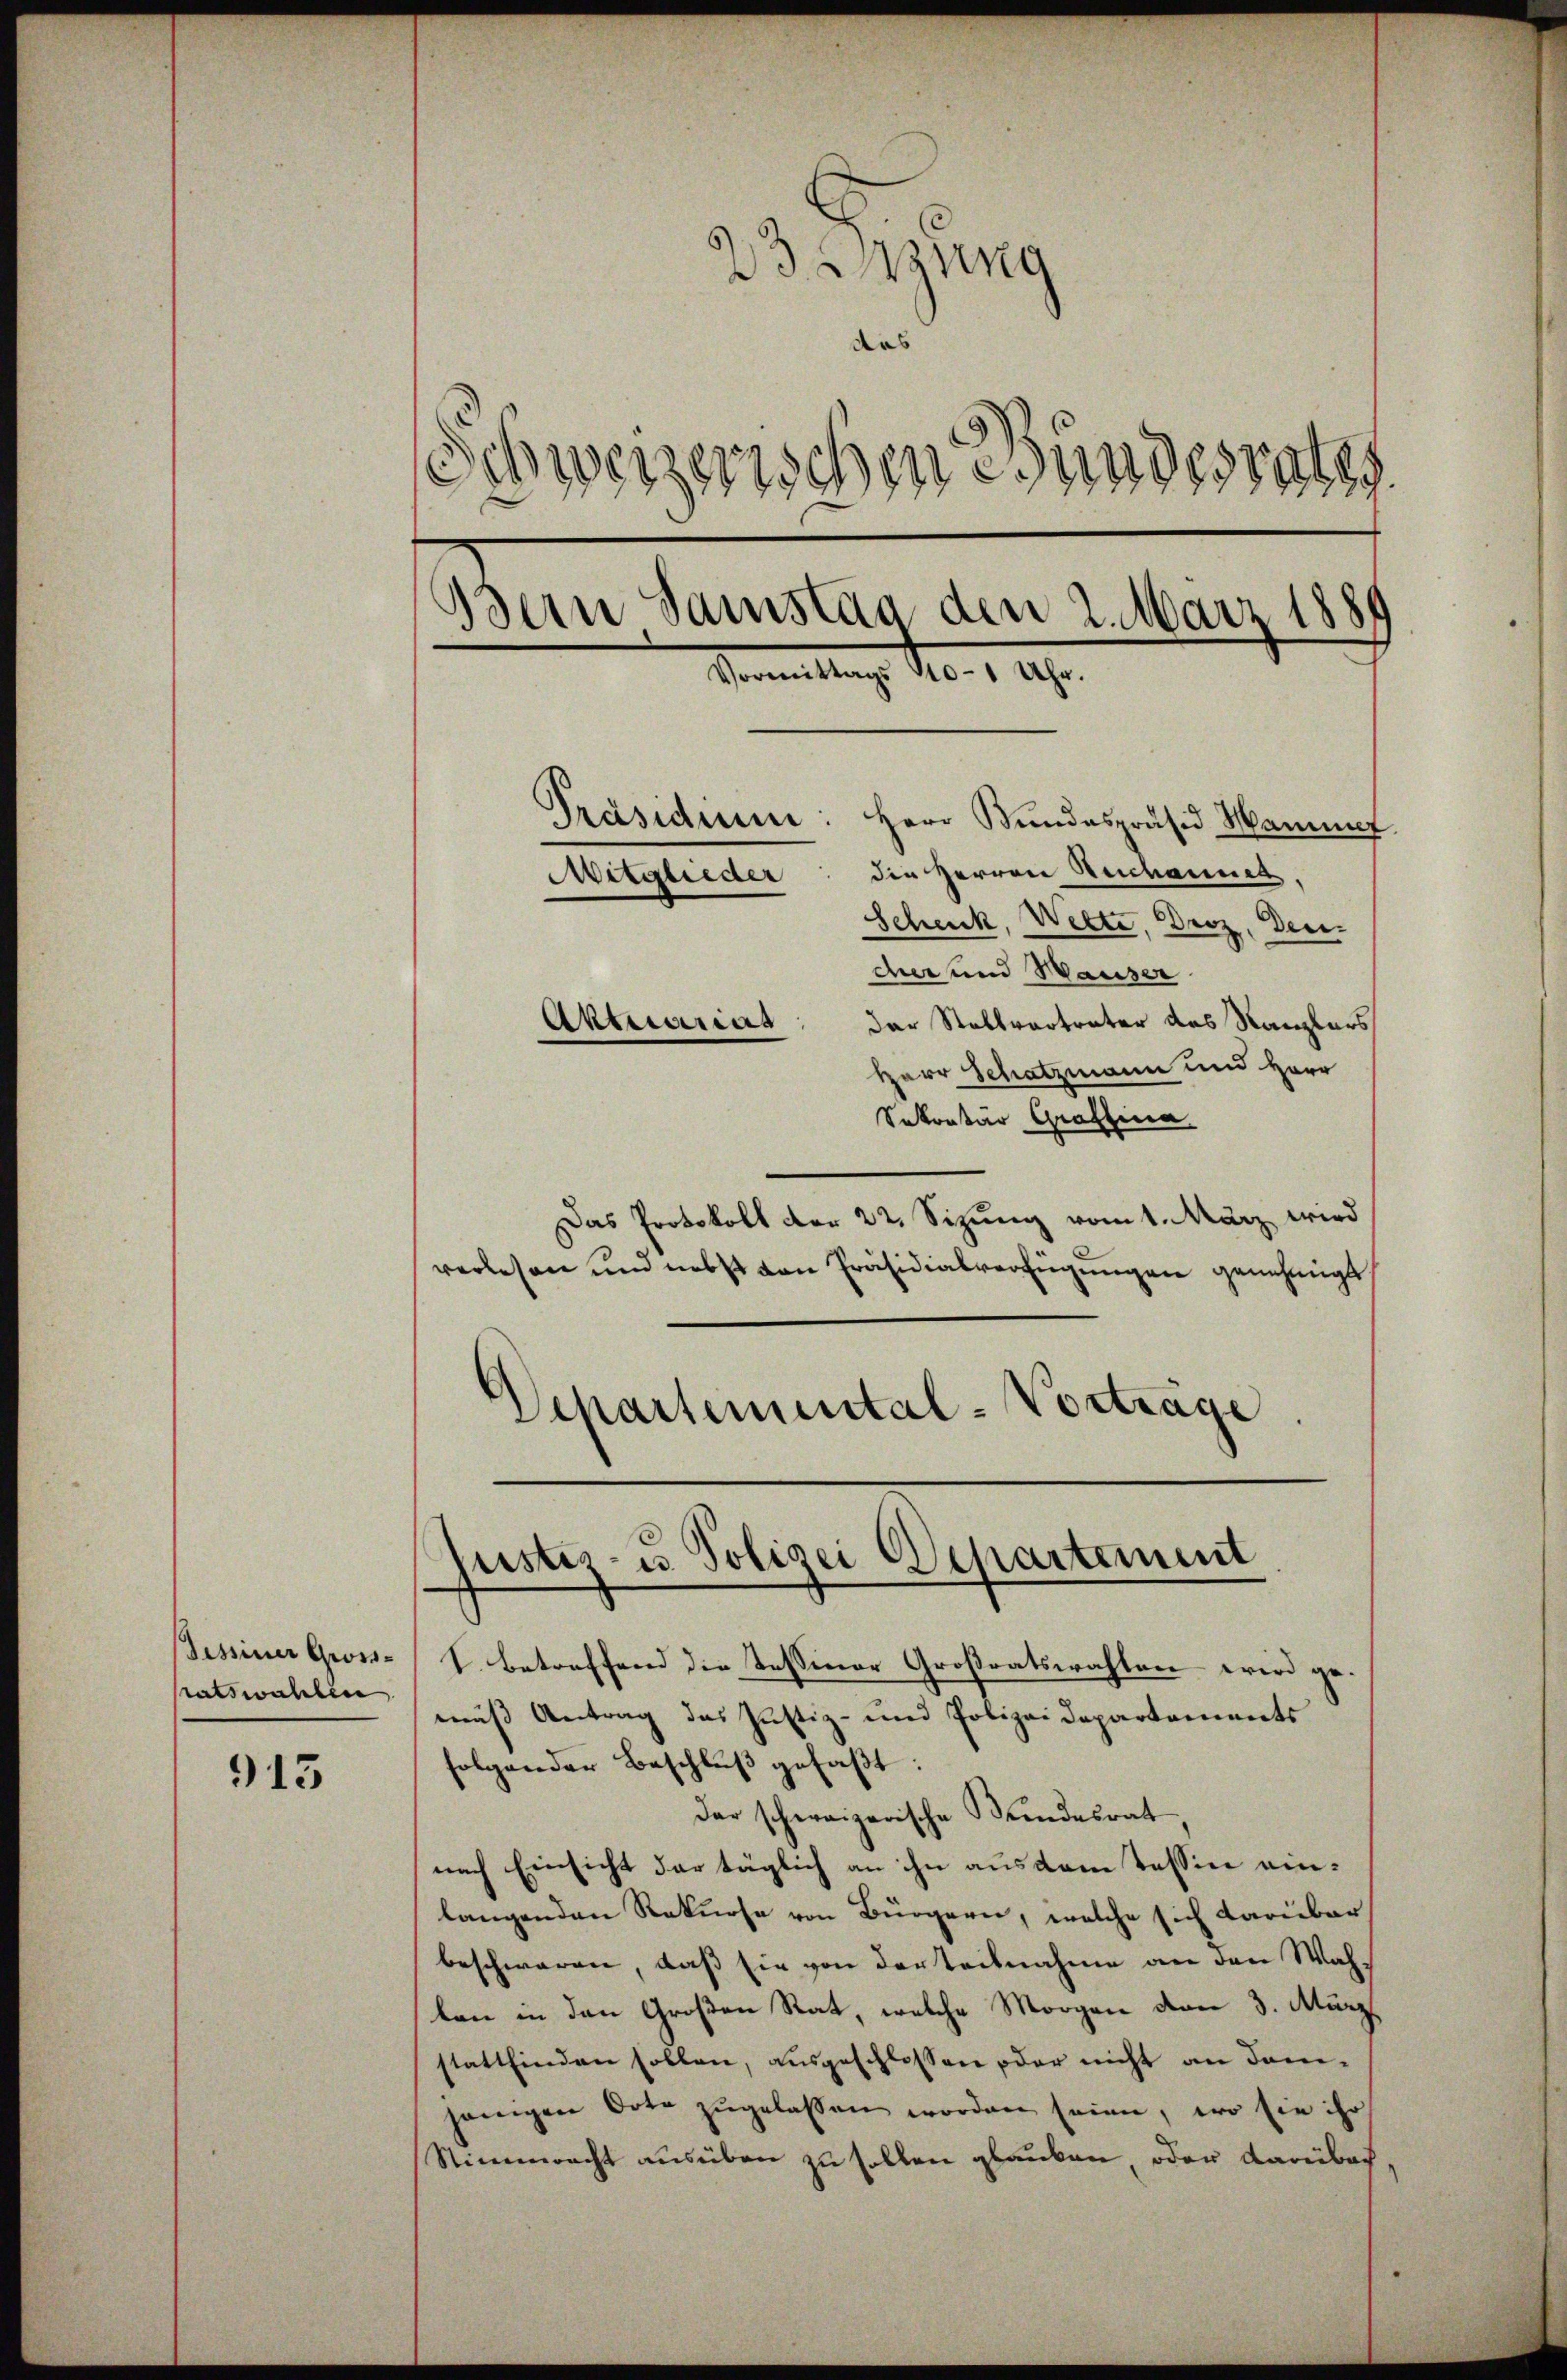
913

Sessiner Gross-
sratswahlen.

23 anzung
des
Schweizerischen esundesrates
Bern Samstag, den 2. März 1889
de
mittags 110 - 1 Uhr.
Präsidium
Herr Mundespräsid Hammer
Mitglieder: die Herren Rechannes.
Schenk, Welte, Derz, Deu
der und Waiser
der Stellvertreter des Kanzlers
Aktuariat
Herr Schatzmann und Herr

Sekretar Graffina
Das Protokoll der 22. Sizung vom 1. März wird
verlesen und nebst von Präsidialverfügungen genehmigt,
Departemental-Vorträge.

justiz- u. Polizei Departement

I. Betreffend die Tessiner Großratswahlen – wird gemus Antrag das Justiz- und Polizei Departements
folgender Beschlŭβ gefaßt:
der schweizerische Kindesrat
nach Einsicht der täglich an ihn aus dem tessin einlangenden Rekurse von Bürgern, welche sich darüber
beschwaren, daß sie von der Teilnahme an den Wahlen in den Großen Rat, welche Morgen von 3. März
stattfinden sollen, ausgeschlossen oder nicht an domijenigen Orte zŭgelassen worden seien, wo sie ihr
Stimmrecht ausüben zu sollen glauben, oder darübers